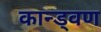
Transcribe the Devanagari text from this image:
कान्ड्वण